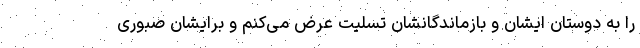
را به دوستان ایشان و بازماندگانشان تسلیت عرض می‌کنم و برایشان صبوری